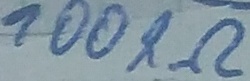
Text: 100KΩ